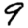
Digit: 9